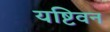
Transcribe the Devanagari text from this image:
यष्टिवन